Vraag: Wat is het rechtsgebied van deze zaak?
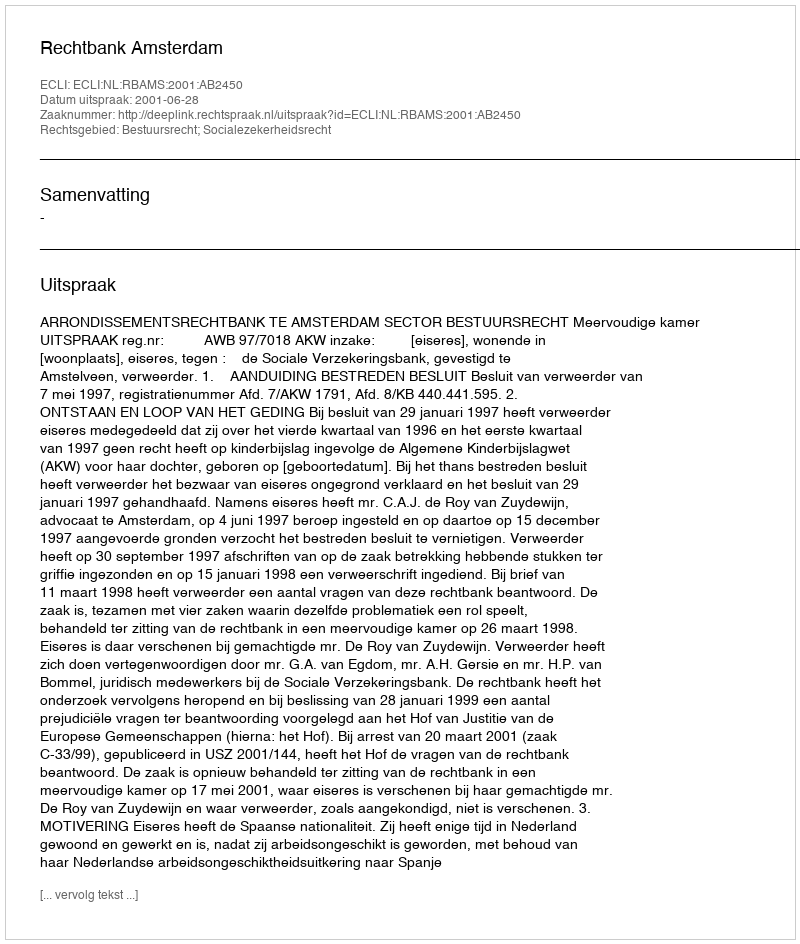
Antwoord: Bestuursrecht; Socialezekerheidsrecht